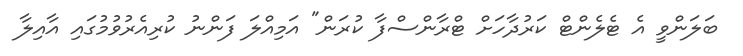
ބަލަންވީ އެ ޓެލެންޓް ކަރުދާހަށް ޓްރާންސްފާ ކުރަން" އަމިއްލަ ފަންނު ކުރިއެރުވުމުގައި އާއިލާ